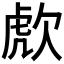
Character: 𣣍